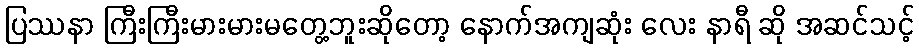
ပြဿနာ ကြီးကြီးမားမားမတွေ့ဘူးဆိုတော့ နောက်အကျဆုံး လေး နာရီ ဆို အဆင်သင့်